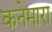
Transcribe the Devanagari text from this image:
कनेमारा